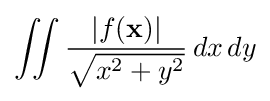
\iint {\dfrac {\vert f({\textbf {x}})\vert }{\sqrt {x^{2}+y^{2}}}}\,dx\,dy